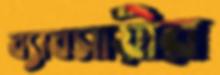
ব্যাবসায়ীর